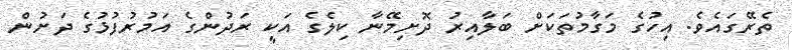
ތެރޭގައެވެ. އިހުގެ މަގާމުތަކަށް ބަލާއިރު ދޮށިމޭނާ ކިލެގެ އަކީ ރަދުންގެ އަމުރުފުޅުގެ ދަށުން